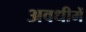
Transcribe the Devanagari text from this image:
अवधीमें